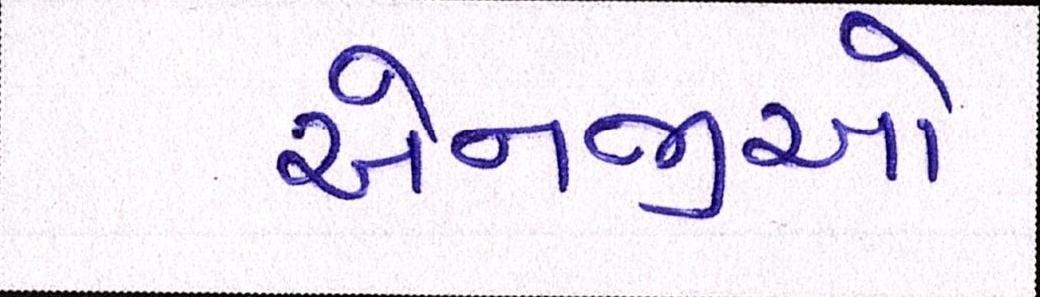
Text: એનજીઓ